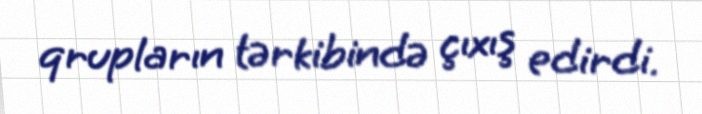
qrupların tərkibində çıxış edirdi.